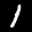
Label: 1